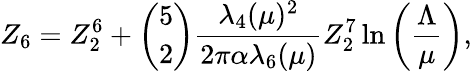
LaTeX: Z_{6}=Z_{2}^{6}+{\binom{5}{2}}{\frac{\lambda_{4}(\mu)^{2}}{2\pi\alpha\lambda_{6}(\mu)}}Z_{2}^{7}\ln\left(\frac{\Lambda}{\mu}\right),